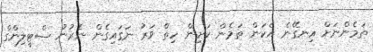
ތަމެންނަށް އިނގޭނެ އެކަން ތަމެން ކަށިން ހިތް ވަރު ނަގައިގެން ނެރުނު ސްޓީލިންގް